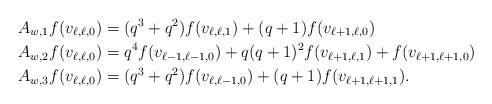
\begin{align*}&A_{w,1}f(v_{\ell,\ell,0})=(q^3+q^2)f(v_{\ell,\ell,1})+(q+1)f(v_{\ell+1,\ell,0})\\&A_{w,2}f(v_{\ell,\ell,0})=q^4f(v_{\ell-1,\ell-1,0})+q(q+1)^2f(v_{\ell+1,\ell,1})+f(v_{\ell+1,\ell+1,0})\\&A_{w,3}f(v_{\ell,\ell,0})=(q^3+q^2)f(v_{\ell,\ell-1,0})+(q+1)f(v_{\ell+1,\ell+1,1}).\end{align*}